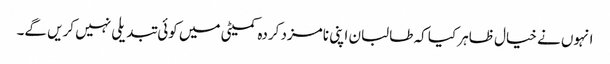
انہوں نے خیال ظاہر کیا کہ طالبان اپنی نامزد کردہ کمیٹی میں کوئی تبدیلی نہیں کریں گے۔